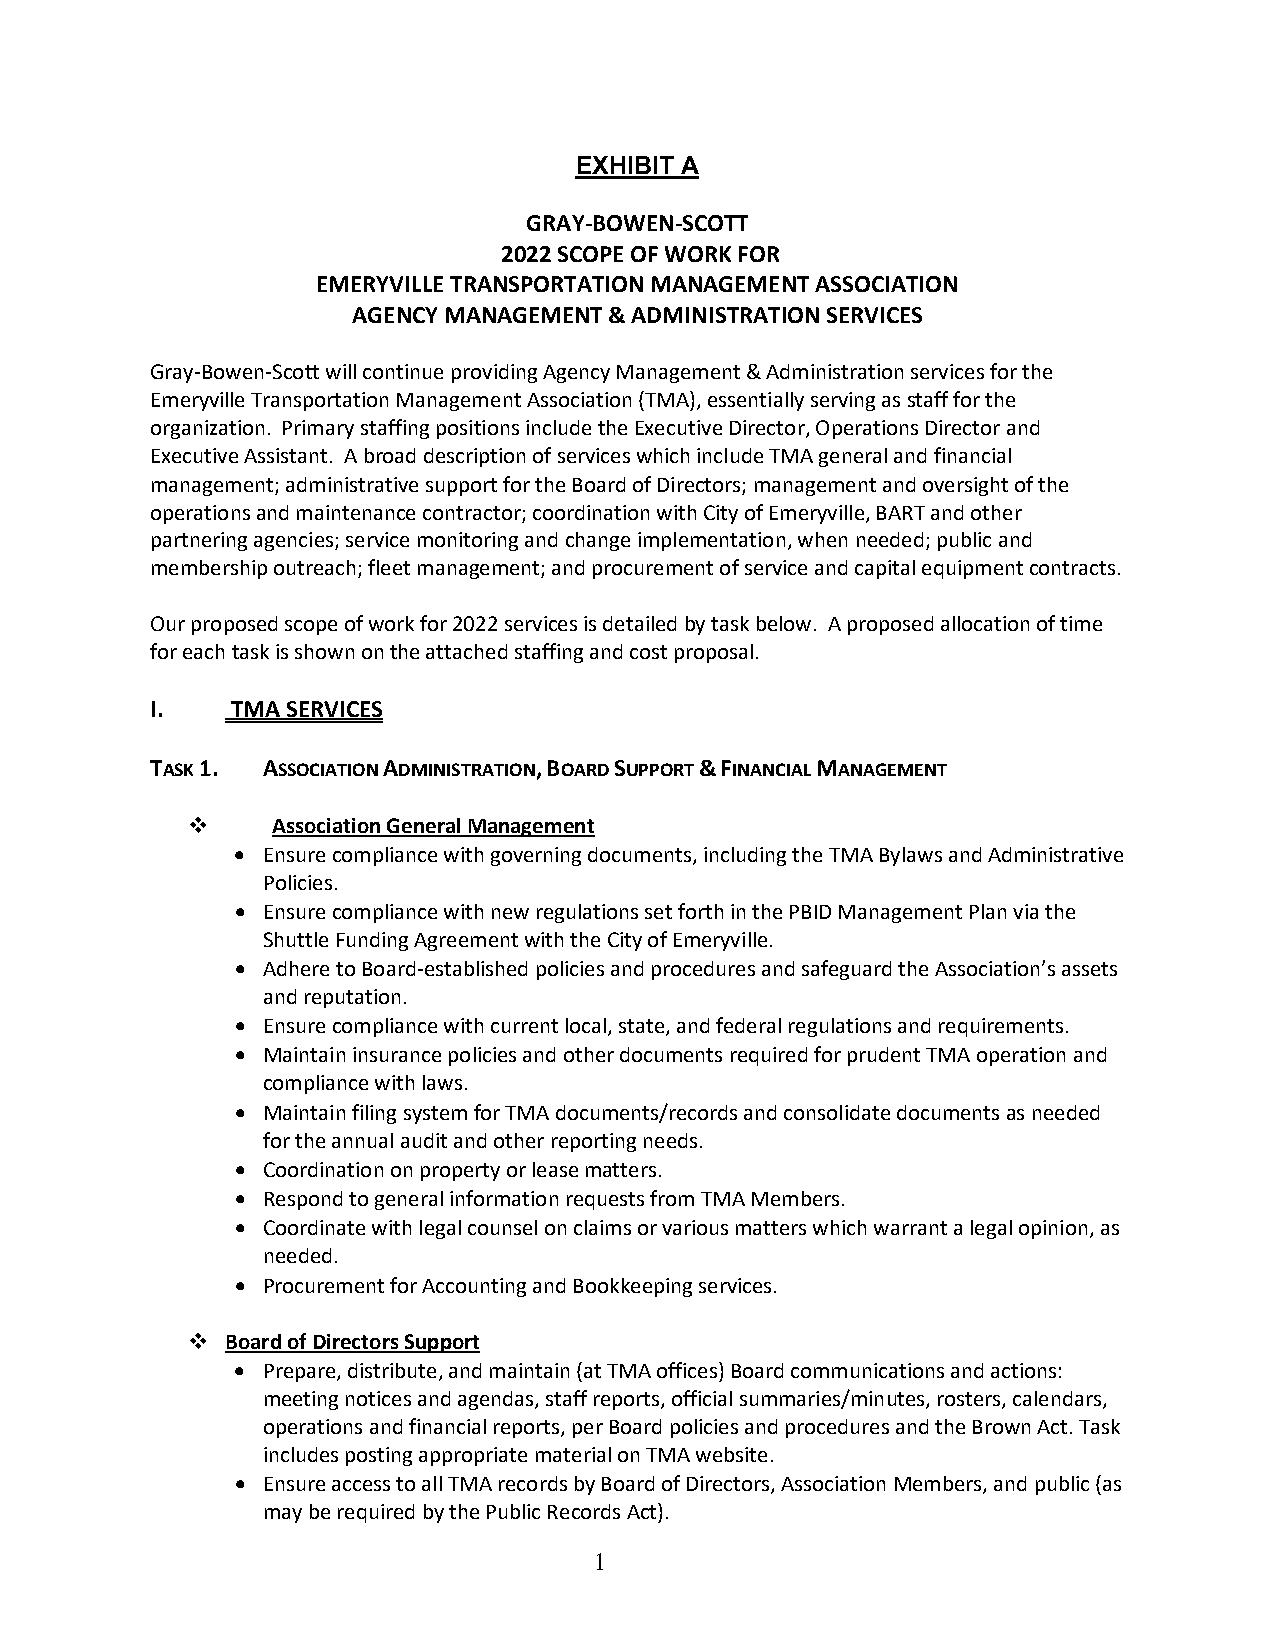
EXHIBIT A
 GRAY-BOWEN-SCOTT
 2022 SCOPE OF WORK FOR
 EMERYVILLE TRANSPORTATION MANAGEMENT ASSOCIATION
 AGENCY MANAGEMENT & ADMINISTRATION SERVICES
 Gray-Bowen-Scott will continue providing Agency Management & Administration services for the
 Emeryville Transportation Management Association (TMA), essentially serving as staff for the
 organization. Primary staffing positions include the Executive Director, Operations Director and
 Executive Assistant. A broad description of services which include TMA general and financial
 management; administrative support for the Board of Directors; management and oversight of the
 operations and maintenance contractor; coordination with City of Emeryville, BART and other
 partnering agencies; service monitoring and change implementation, when needed; public and
 membership outreach; fleet management; and procurement of service and capital equipment contracts.
 Our proposed scope of work for 2022 services is detailed by task below. A proposed allocation of time
 for each task is shown on the attached staffing and cost proposal.
 I.   TMA SERVICES
 TASK 1. ASSOCIATION ADMINISTRATION, BOARD SUPPORT & FINANCIAL MANAGEMENT
      Association General Management
 • Ensure compliance with governing documents, including the TMA Bylaws and Administrative
 Policies.
 • Ensure compliance with new regulations set forth in the PBID Management Plan via the
 Shuttle Funding Agreement with the City of Emeryville.
 • Adhere to Board-established policies and procedures and safeguard the Association’s assets
 and reputation.
 • Ensure compliance with current local, state, and federal regulations and requirements.
 • Maintain insurance policies and other documents required for prudent TMA operation and
 compliance with laws.
 • Maintain filing system for TMA documents/records and consolidate documents as needed
 for the annual audit and other reporting needs.
 • Coordination on property or lease matters.
 • Respond to general information requests from TMA Members.
 • Coordinate with legal counsel on claims or various matters which warrant a legal opinion, as
 needed.
 • Procurement for Accounting and Bookkeeping services.
   Board of Directors Support
 • Prepare, distribute, and maintain (at TMA offices) Board communications and actions:
 meeting notices and agendas, staff reports, official summaries/minutes, rosters, calendars,
 operations and financial reports, per Board policies and procedures and the Brown Act. Task
 includes posting appropriate material on TMA website.
 • Ensure access to all TMA records by Board of Directors, Association Members, and public (as
 may be required by the Public Records Act).
 1